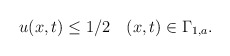
\begin{align*} \begin{aligned} u(x,t)\leq 1/2 ~~~(x,t)\in \Gamma_{1,a}. \end{aligned} \end{align*}